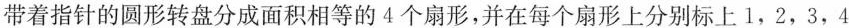
带着指针的圆形转盘分成面积相等的4个扇形，并在每个扇形上分别标上1，2，3，4